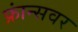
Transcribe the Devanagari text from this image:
फ्रांन्सवर